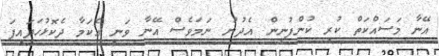
އޭނާ މަސައްކަތް ކުރި ކުންފުނިން އެދުނު ނަމަވެސް އޭނާ ވަނީ އެކަމާ ދެކޮޅުހަދައިފަ